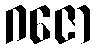
ဂဇော